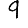
Digit: 9